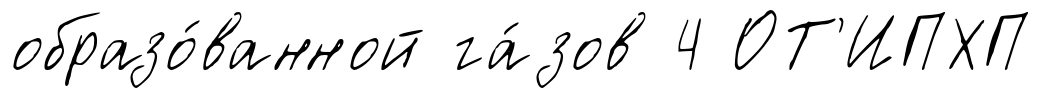
образо́ванной га́зов 4 ОТ'ИПХП